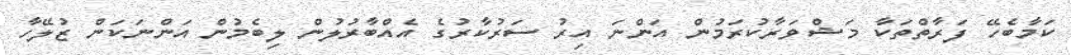
ކަމާބެހޭ ފަރާތްތަކާ މަޝްވަރާކުރަމުން އަންނަ އިރު ސަރުކާރުގެ އެއްބާރުލުން ލިބެމުން އަންނަކަން ޒުލޭހާ